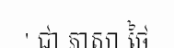
' ជា ភាសា ថៃ